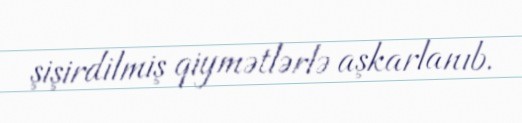
şişirdilmiş qiymətlərlə aşkarlanıb.